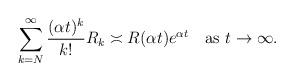
LaTeX: \begin{align*}\sum_{k=N}^\infty\frac{(\alpha t)^k}{k!}R_k\asymp R(\alpha t)e^{\alpha t}\quad\mbox{as $t\to\infty$}.\end{align*}